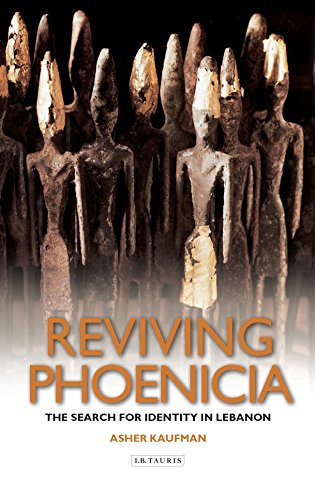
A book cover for Reviving Phoenicia: The Search for Identity in Lebanon; Asher Kaufman; History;